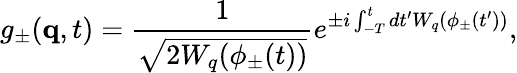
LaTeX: g_{\pm}({\mathbf q},t)=\frac{1}{\sqrt{2W_{q}(\phi_{\pm}(t))}}e^{\pm i\int_{-T}^{t}dt^{\prime}W_{q}(\phi_{\pm}(t^{\prime}))},